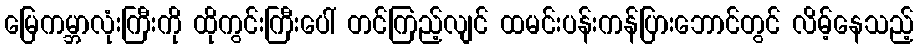
မြေကမ္ဘာလုံးကြီးကို ထိုကွင်းကြီးပေါ် တင်ကြည့်လျင် ထမင်းပန်းကန်ပြားဘောင်တွင် လိမ့်နေသည့်